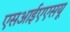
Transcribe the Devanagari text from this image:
एसआईएएसयू